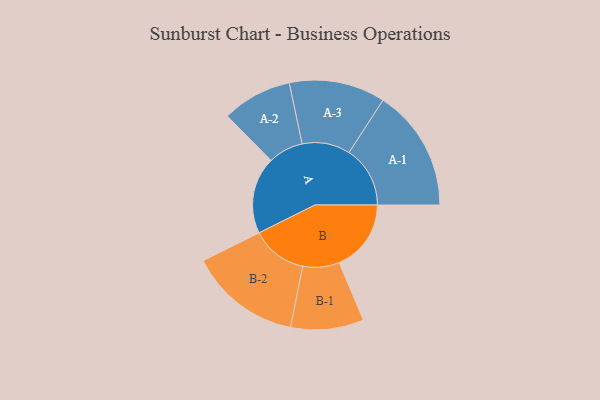
{"axis": {"x": "Segment", "y": "Value"}, "legend": ["", "A", "B"], "data": [{"x": "A", "y": 354, "type": ""}, {"x": "B", "y": 331, "type": ""}, {"x": "A-1", "y": 281, "type": "A"}, {"x": "A-2", "y": 161, "type": "A"}, {"x": "A-3", "y": 221, "type": "A"}, {"x": "B-1", "y": 168, "type": "B"}, {"x": "B-2", "y": 257, "type": "B"}]}